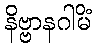
နိဗ္ဗာနဂါမိံ